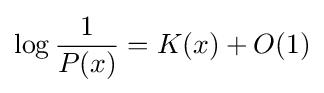
\log {\frac {1}{P(x)}}=K(x)+O(1)